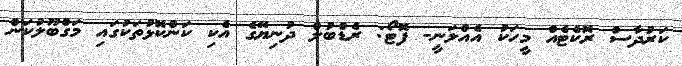
ކަރުދާސް ރޮކެޓެއް މީހަކު އެއްލަނީ- ފޮޓޯ: ރެޑްބުލް ދުނިޔޭގެ އެކި ކަންކޮޅުތަކުގައި މަގްބޫލުކަން